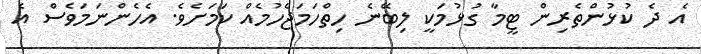
އެ ދެ ކުޅުންތެރިން ޓީމާ ގުޅުމަކީ ލިބޭނެ ހިތްހަމަޖެހުމެއް ކަމަށެވެ. އެހެންނަމަވެސް އެ